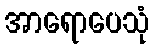
အာရောပေသုံ